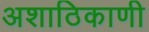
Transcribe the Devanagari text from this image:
अशाठिकाणी